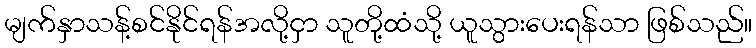
မျက်နှာသန့်စင်နိုင်ရန်အလို့ငှာ သူတို့ထံသို့ ယူသွားပေးရန်သာ ဖြစ်သည်။